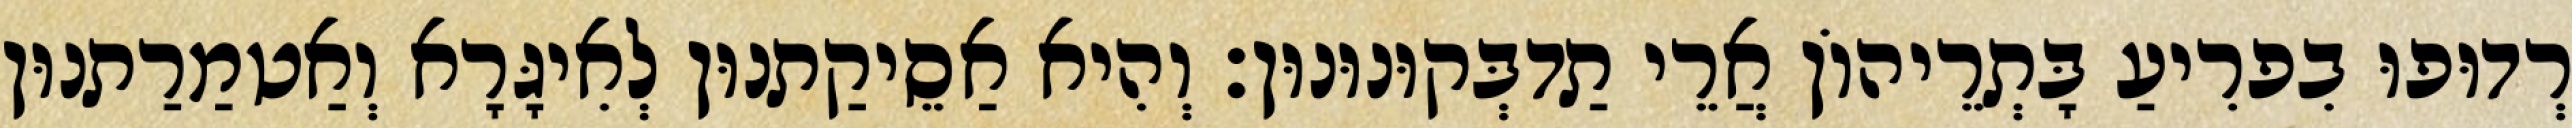
רְדוּפוּ בִפרִיעַ בָּתְרֵיהוֹן אֲרֵי תַדבְּקוּנוּנוּן׃ וְהִיא אַסֵיקַתנוּן לְאִיגָּרָא וְאַטמַרַתנוּן